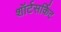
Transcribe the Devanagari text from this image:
शॉर्टसर्किट